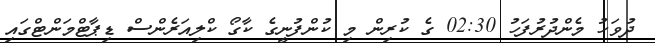
ދުވަހު މެންދުރުފަހު 02:30 ގެ ކުރިން މި ކުންފުނީގެ ކާގޯ ކްލިއަރެންސް ޑިޕާޓްމަންޓްގައި